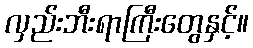
လှည်းဘီးရာကြီးတွေနှင့်။